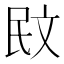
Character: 𭤙